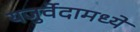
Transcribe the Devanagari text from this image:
यजुर्वेदामध्ये